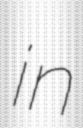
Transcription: in